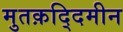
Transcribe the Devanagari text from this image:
मुतक़द्दिमीन